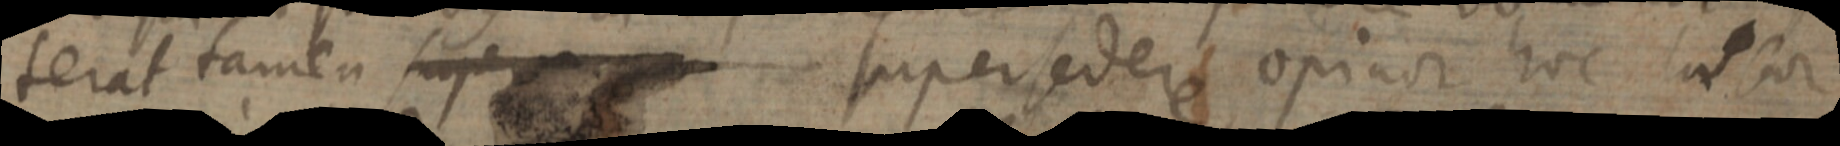
terat tamen super super federe opinor hoc la for